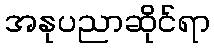
အနုပညာဆိုင်ရာ